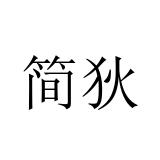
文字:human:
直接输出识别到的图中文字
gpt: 简狄